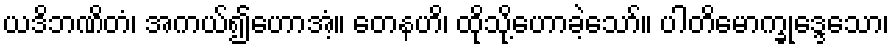
ယဒိဘဏိတံ၊ အကယ်၍ဟောအံ့။ တေနဟိ၊ ထိုသို့ဟောခဲ့သော်။ ပါတိမောက္ခုဒ္ဒေသော၊